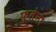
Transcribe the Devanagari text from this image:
फूलेना